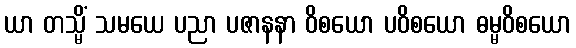
ယာ တသ္မိံ သမယေ ပညာ ပဇာနနာ ဝိစယော ပဝိစယော ဓမ္မဝိစယော